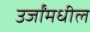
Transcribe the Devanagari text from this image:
उर्जांमधील